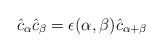
\begin{align*}\hat{c}_{\alpha}\hat{c}_{\beta} = \epsilon (\alpha,\beta ) \hat{c}_{\alpha + \beta}\end{align*}